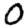
Digit: 0